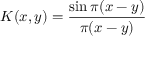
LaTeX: K ( x , y ) = { \frac { \sin \pi ( x - y ) } { \pi ( x - y ) } }